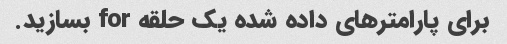
برای پارامترهای داده شده یک حلقه for بسازید.